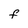
Character: F